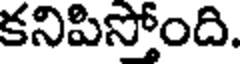
కనిపిస్తోంది.